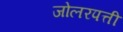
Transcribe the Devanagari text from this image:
जोलरपत्ती